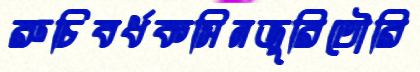
রুচিবর্ধকসিনজুরিতৌরি